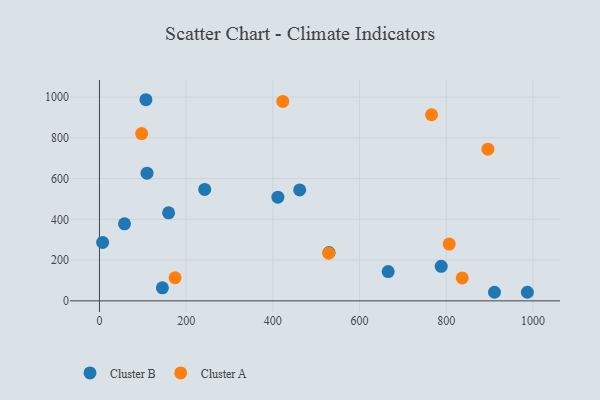
{"axis": {"x": "Study Hours", "y": "Demand"}, "legend": ["Cluster A", "Cluster B"], "data": [{"x": "7.3", "y": 286.8, "type": "Cluster B"}, {"x": "159.5", "y": 432.1, "type": "Cluster B"}, {"x": "529.6", "y": 237.4, "type": "Cluster B"}, {"x": "987.2", "y": 42.2, "type": "Cluster B"}, {"x": "57.8", "y": 378.1, "type": "Cluster B"}, {"x": "911.3", "y": 42.1, "type": "Cluster B"}, {"x": "145.2", "y": 63.9, "type": "Cluster B"}, {"x": "788.4", "y": 169.4, "type": "Cluster B"}, {"x": "461.9", "y": 544.6, "type": "Cluster B"}, {"x": "242.8", "y": 547.1, "type": "Cluster B"}, {"x": "411.6", "y": 508.8, "type": "Cluster B"}, {"x": "109.7", "y": 626.8, "type": "Cluster B"}, {"x": "107.2", "y": 987.2, "type": "Cluster B"}, {"x": "666.0", "y": 143.8, "type": "Cluster B"}, {"x": "896.1", "y": 744.5, "type": "Cluster A"}, {"x": "766.1", "y": 913.5, "type": "Cluster A"}, {"x": "806.8", "y": 278.6, "type": "Cluster A"}, {"x": "528.9", "y": 234.0, "type": "Cluster A"}, {"x": "97.3", "y": 821.1, "type": "Cluster A"}, {"x": "836.9", "y": 112.4, "type": "Cluster A"}, {"x": "174.4", "y": 113.5, "type": "Cluster A"}, {"x": "422.9", "y": 978.9, "type": "Cluster A"}]}